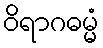
ဝိရာဂဓမ္မံ